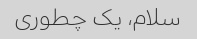
سلام، یک چطوری